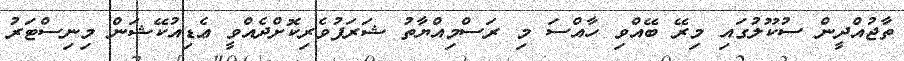
ތާޖުއްދީން ސުކޫލުގައި މިރޭ ބޭއްވި ހާއްސަ މި ރަސްމިއްޔާތު ޝަރަފުވެރިކޮށްދެއްވީ ޢެޑިއުކޭޝަން މިނިސްޓަރު